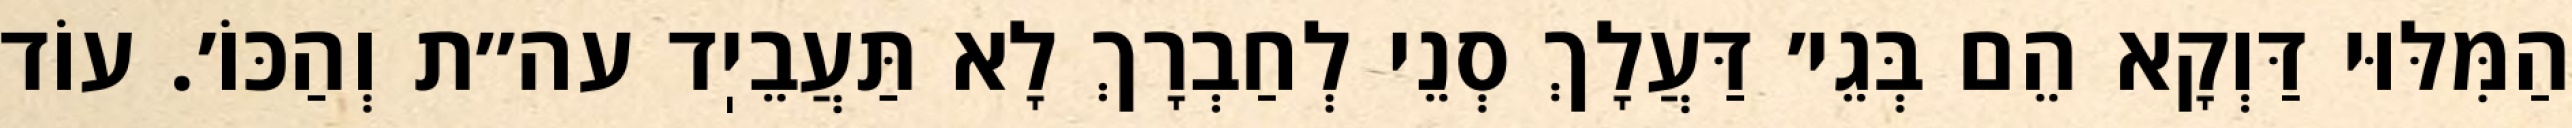
הַמִּלּוּי דַּוְקָא הֵם בְּגֵי׳ דַּעֲלָךְ סְנֵי לְחַבְרָךְ לָא תַּעֲבֵיֽד עה״ת וְהַכּוֹ׳. עוֹד